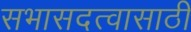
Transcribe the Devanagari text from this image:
सभासदत्वासाठी